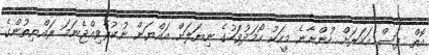
އޮތް ފަސް އަހަރަށް ހުންނާނެ މީހަކު ހޯމަދުވަހުގެ ނިޔަލަށް އައްޔަން ނުކުރެވިއްޖެނަމަ ރައްޔިތުންގެ